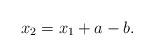
LaTeX: \begin{align*}x_{2}=x_{1}+a-b.\end{align*}